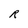
Character: R